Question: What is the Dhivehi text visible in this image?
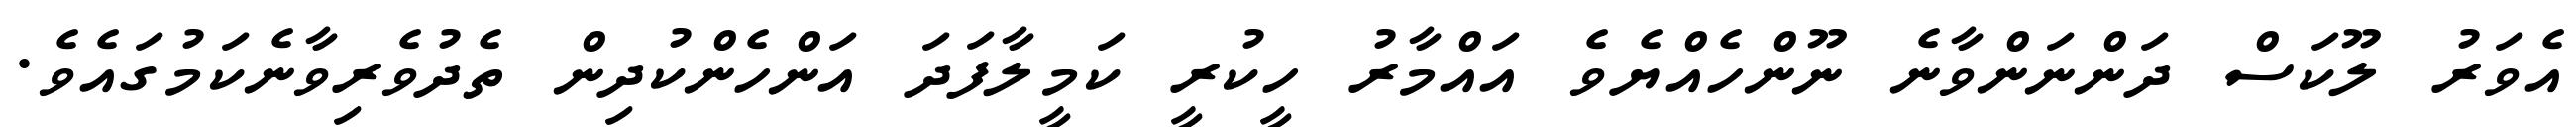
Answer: އެވަރު ލޫކަސް ދަންނަންވާނެ ނޫންހެއްޔެވެ އައްމާރު ހީކުރީ ކަމީލާފަދަ އަންހެންކުދިން ތެދުވެރިވާނެކަމުގައެވެ.